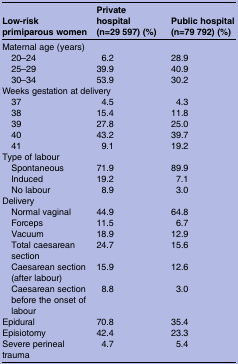
<table><thead><tr><td><b>Low-risk primiparous women</b></td><td><b>Private hospital (n=29 597) (%)</b></td><td><b>Public hospital (n=79 792) (%)</b></td></tr></thead><tbody><tr><td colspan="3">Maternal age (years)</td></tr><tr><td> 20–24</td><td>6.2</td><td>28.9</td></tr><tr><td> 25–29</td><td>39.9</td><td>40.9</td></tr><tr><td> 30–34</td><td>53.9</td><td>30.2</td></tr><tr><td colspan="3">Weeks gestation at delivery</td></tr><tr><td> 37</td><td>4.5</td><td>4.3</td></tr><tr><td> 38</td><td>15.4</td><td>11.8</td></tr><tr><td> 39</td><td>27.8</td><td>25.0</td></tr><tr><td> 40</td><td>43.2</td><td>39.7</td></tr><tr><td> 41</td><td>9.1</td><td>19.2</td></tr><tr><td colspan="3">Type of labour</td></tr><tr><td> Spontaneous</td><td>71.9</td><td>89.9</td></tr><tr><td> Induced</td><td>19.2</td><td>7.1</td></tr><tr><td> No labour</td><td>8.9</td><td>3.0</td></tr><tr><td colspan="3">Delivery</td></tr><tr><td> Normal vaginal</td><td>44.9</td><td>64.8</td></tr><tr><td> Forceps</td><td>11.5</td><td>6.7</td></tr><tr><td> Vacuum</td><td>18.9</td><td>12.9</td></tr><tr><td> Total caesarean section</td><td>24.7</td><td>15.6</td></tr><tr><td> Caesarean section (after labour)</td><td>15.9</td><td>12.6</td></tr><tr><td> Caesarean section before the onset of labour</td><td>8.8</td><td>3.0</td></tr><tr><td>Epidural</td><td>70.8</td><td>35.4</td></tr><tr><td>Episiotomy</td><td>42.4</td><td>23.3</td></tr><tr><td>Severe perineal trauma</td><td>4.7</td><td>5.4</td></tr></tbody></table>